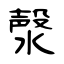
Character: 漀